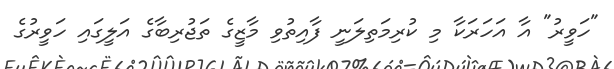
"ހަވީރު" އާ އަހަރަކާ މި ކުރިމަތިލަނީ ފާއިތުވި މާޒީގެ ތަޖުރިބާގެ އަލީގައި ހަވީރުގެ